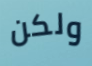
ولكن